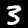
Label: 3